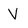
Character: V